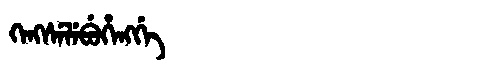
Manchu: ᡴᡝᠩᠰᡝᠯᡝᠪᡠᡥᡝᠩᡤᡝ
Romanization: KENGSELEBUHENGGE